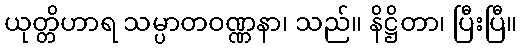
ယုတ္တိဟာရ သမ္ပာတဝဏ္ဏနာ၊ သည်။ နိဋ္ဌိတာ၊ ပြီးပြီ။